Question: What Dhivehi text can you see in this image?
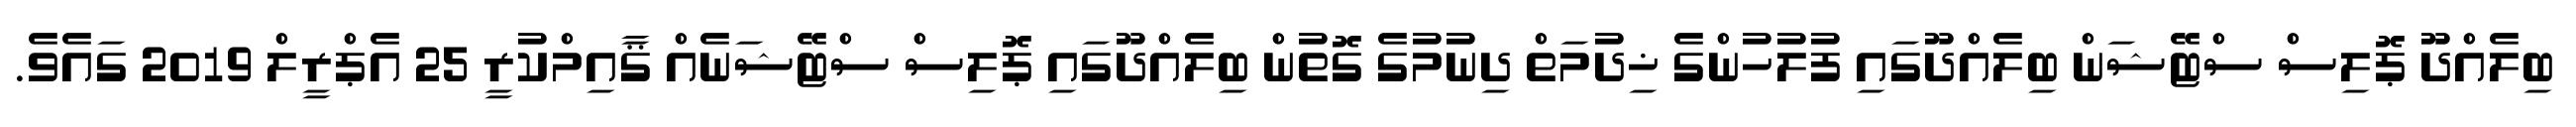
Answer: ބިލެއްދޫ ޕޮލިސް ސްޓޭޝަން ބިލެއްދޫގައި ފުލުހުންގެ ޚިދުމަތް ދިނުމުގެ ގޮތުން ބިލެއްދޫގައި ޕޮލިސް ސްޓޭޝަނެއް ޤާއިމްކުރީ 25 އެޕްރީލް 2019 ގައެވެ.